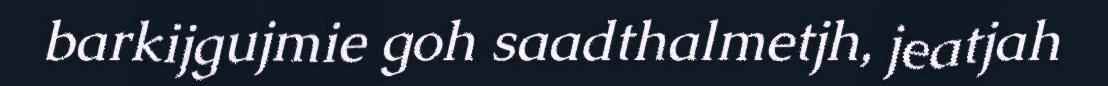
barkijgujmie goh saadthalmetjh, jeatjah